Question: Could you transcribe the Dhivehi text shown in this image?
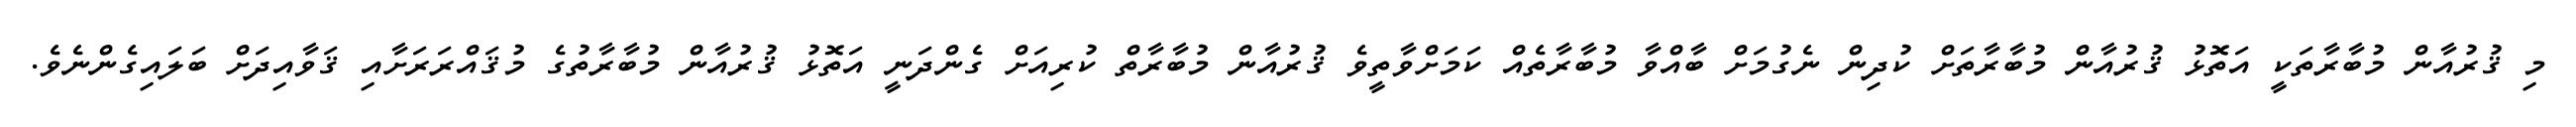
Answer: މި ޤުރުއާން މުބާރާތަކީ އަތޮޅު ޤުރުއާން މުބާރާތަށް ކުދިން ނެގުމަށް ބާއްވާ މުބާރާތެއް ކަމަށްވާތީވެ ޤުރުއާން މުބާރާތް ކުރިއަށް ގެންދަނީ އަތޮޅު ޤުރުއާން މުބާރާތުގެ މުޤައްރަރަށާއި ޤަވާއިދަށް ބަލައިގެންނެވެ.